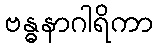
ဗန္ဓနာဂါရိကာ